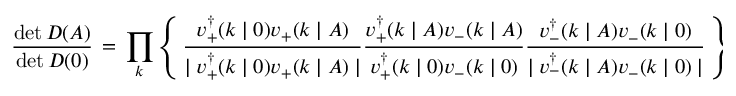
\frac { \operatorname * { d e t } D ( A ) } { \operatorname * { d e t } D ( 0 ) } \, = \, \prod _ { k } \left\{ \, \frac { v _ { + } ^ { \dagger } ( k \mid 0 ) v _ { + } ( k \mid A ) } { \mid v _ { + } ^ { \dagger } ( k \mid 0 ) v _ { + } ( k \mid A ) \mid } \frac { v _ { + } ^ { \dagger } ( k \mid A ) v _ { - } ( k \mid A ) } { v _ { + } ^ { \dagger } ( k \mid 0 ) v _ { - } ( k \mid 0 ) } \frac { v _ { - } ^ { \dagger } ( k \mid A ) v _ { - } ( k \mid 0 ) } { \mid v _ { - } ^ { \dagger } ( k \mid A ) v _ { - } ( k \mid 0 ) \mid } \, \right\} \; ,